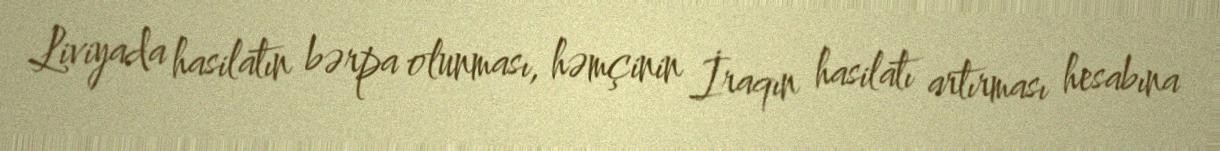
Liviyada hasilatın bərpa olunması, həmçinin İraqın hasilatı artırması hesabına